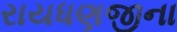
રાયધણજીના